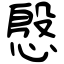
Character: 慇